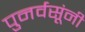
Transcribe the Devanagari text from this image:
पुनर्वसूंनी